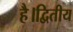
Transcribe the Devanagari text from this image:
है।द्वितीय